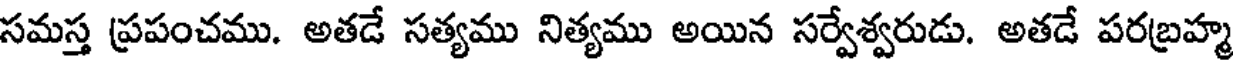
సమస్త ప్రపంచము. అతడే సత్యము నిత్యము అయిన సర్వేశ్వరుడు. అతడే పరబ్రహ్మ